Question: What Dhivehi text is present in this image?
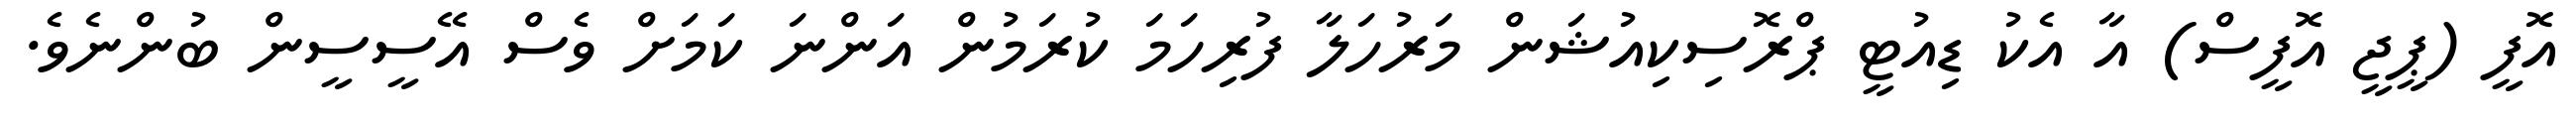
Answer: އޮފީ (ޕީޖީ އޮފީސް) އާ އެކު ޑިއުޓީ ޕްރޮސިކިއުޝަން މަރުހަލާ ފުރިހަމަ ކުރަމުން އަންނަ ކަމަށް ވެސް އޭސީސީން ބުންނެވެ.